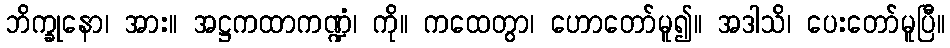
ဘိက္ခုနော၊ အား။ အဋ္ဌကထာကဏ္ဍံ၊ ကို။ ကထေတွာ၊ ဟောတော်မူ၍။ အဒါသိ၊ ပေးတော်မူပြီ။